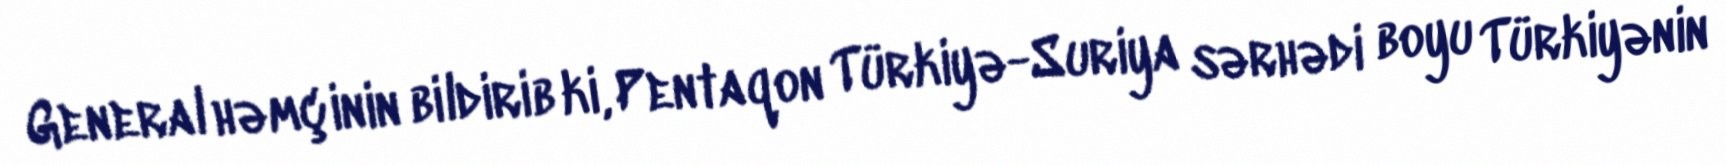
General həmçinin bildirib ki, Pentaqon Türkiyə-Suriya sərhədi boyu Türkiyənin